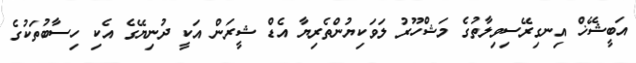
އަބީޝޭޚް އިނގިރޭސިވިލާތުގެ މަޝްހޫރު ލަވަކިޔުންތެރިޔާ އެޑް ޝީރަން އަކީ ދުނިޔޭގެ އެކި ހިސާބުތަކުގެ